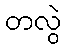
တလွဲ